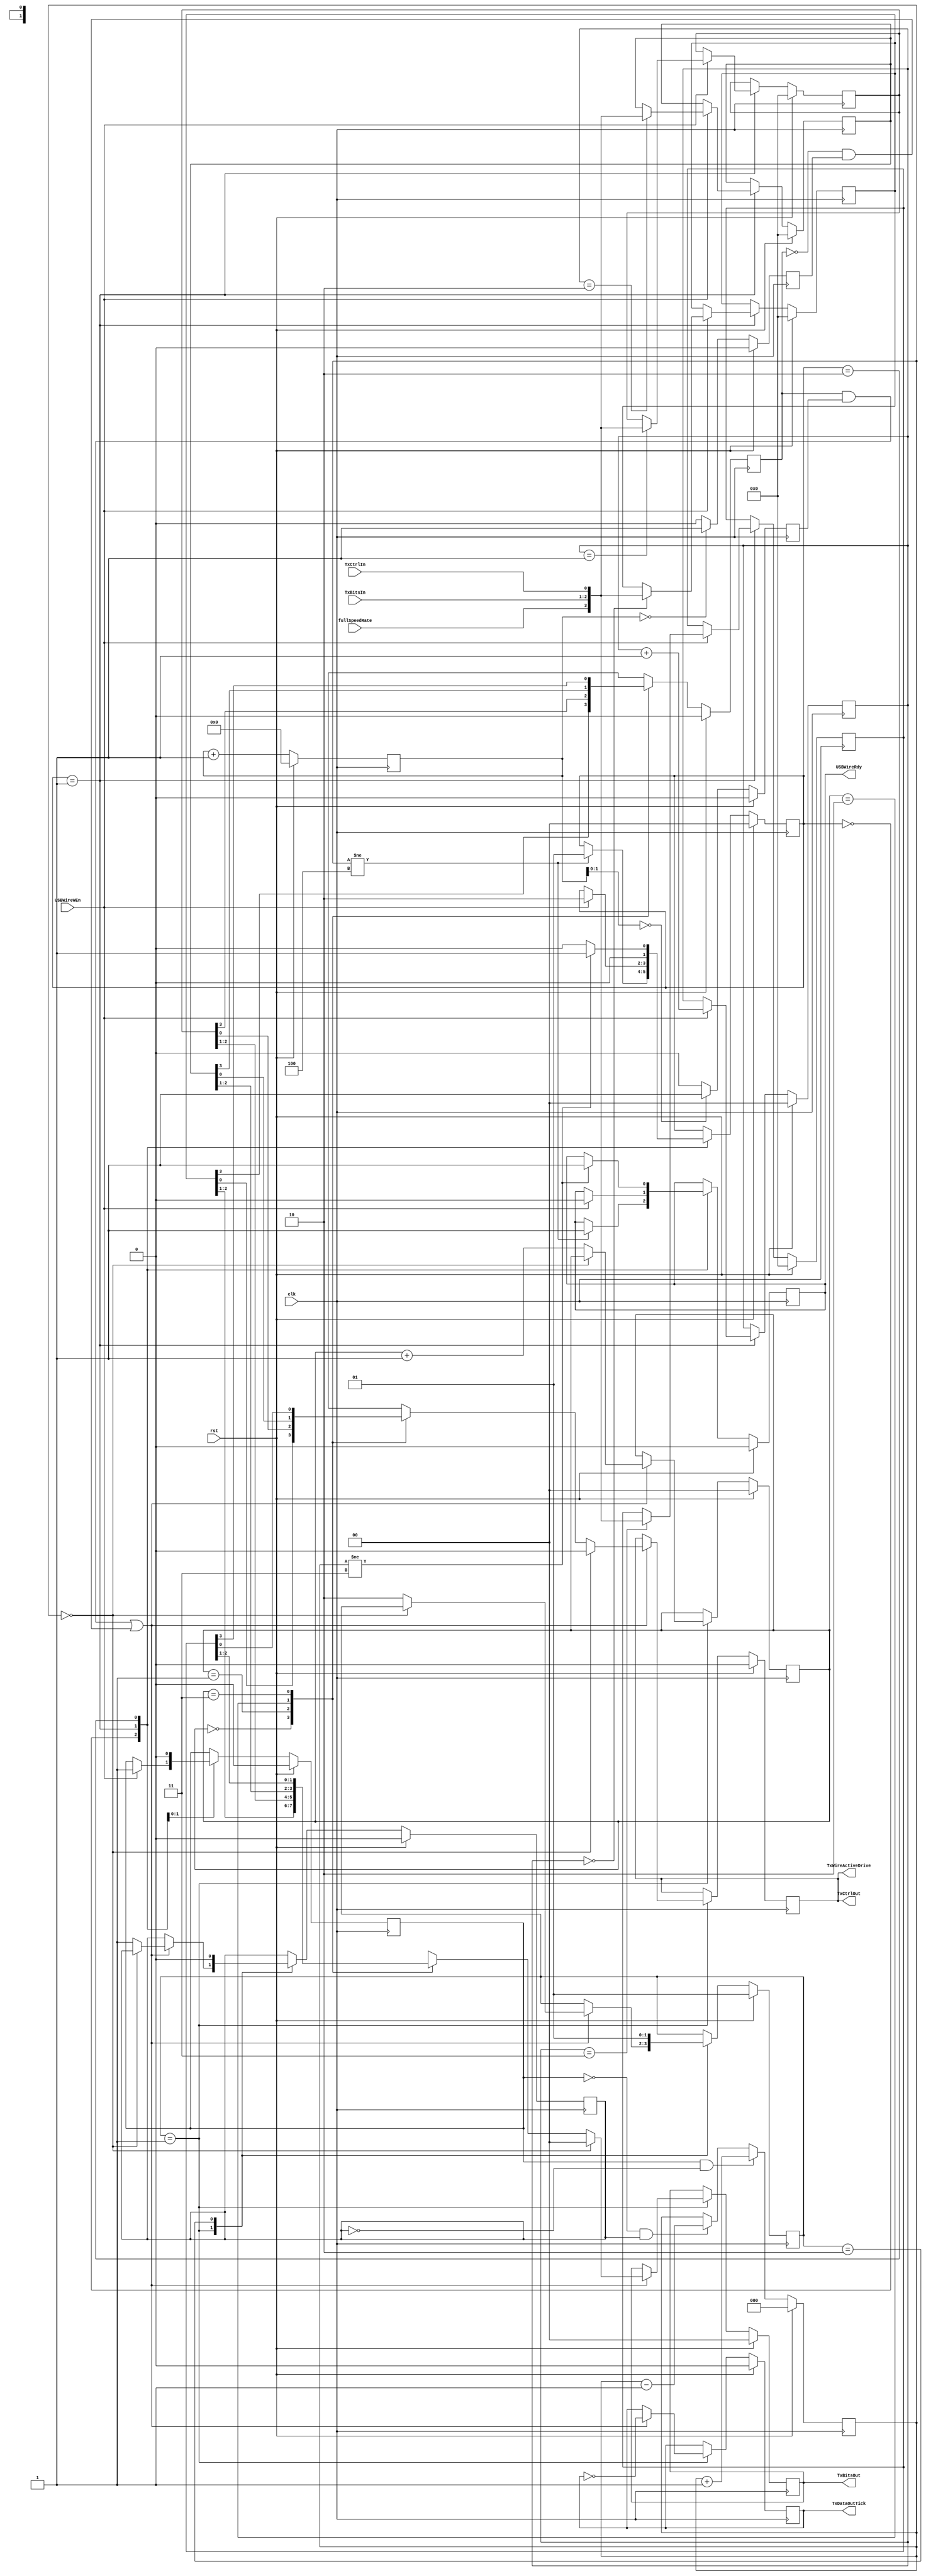
module writeUSBWireData (
	input		[1:0]	TxBitsIn,
	input				TxCtrlIn,
	input				USBWireWEn,
	input				clk,
	input				fullSpeedRate,
	input				rst,
	output	reg	[1:0]	TxBitsOut,
	output	reg			TxDataOutTick,
	output	reg			TxCtrlOut,
	output	reg			USBWireRdy,
	output				TxWireActiveDrive
);

	reg		[3:0]	buffer0;
	reg		[3:0]	buffer1;
	reg		[3:0]	buffer2;
	reg		[3:0]	buffer3;
	reg		[2:0]	bufferCnt;
	reg		[1:0]	bufferInIndex;
	reg		[1:0]	bufferOutIndex;
	reg				decBufferCnt;
	reg		[4:0]	i;
	reg				incBufferCnt;
	reg				fullSpeedTick;
	reg				lowSpeedTick;
	reg				fullSpeedRate_reg;

	reg		[1:0]	bufferInStMachCurrState;
	reg		[1:0]	bufferOutStMachCurrState;

	// buffer control
	always@(posedge clk) begin
		if(rst)								bufferCnt <= 3'b000;
		else if(incBufferCnt&~decBufferCnt)	bufferCnt <= bufferCnt + 1'b1;
		else if(~incBufferCnt&decBufferCnt)	bufferCnt <= bufferCnt - 1'b1;
		else								bufferCnt <= bufferCnt;
	end

	//buffer input state machine 
	always@(posedge clk) begin
		if(rst) begin
			incBufferCnt <= 1'b0;
			bufferInIndex <= 2'b00;
			buffer0 <= 4'b0000;
			buffer1 <= 4'b0000;
			buffer2 <= 4'b0000;
			buffer3 <= 4'b0000;
			USBWireRdy <= 1'b0;
			bufferInStMachCurrState <= 2'b00; end
		else begin
			case(bufferInStMachCurrState)
				2'b00: begin
					if(bufferCnt!=3'b100) begin
						bufferInStMachCurrState <= 2'b01;
						USBWireRdy <= 1'b1; end
				end
				2'b01: begin
					if(USBWireWEn) begin
						incBufferCnt <= 1'b1;
						USBWireRdy <= 1'b0;
						bufferInIndex <= bufferInIndex + 1'b1;
						case(bufferInIndex)
							2'b00 : buffer0 <= {fullSpeedRate, TxBitsIn, TxCtrlIn};
							2'b01 : buffer1 <= {fullSpeedRate, TxBitsIn, TxCtrlIn};
							2'b10 : buffer2 <= {fullSpeedRate, TxBitsIn, TxCtrlIn};
							2'b11 : buffer3 <= {fullSpeedRate, TxBitsIn, TxCtrlIn};
						endcase
						bufferInStMachCurrState <= 2'b10; end
				end
				2'b10: begin
					incBufferCnt <= 1'b0;
					if(bufferCnt!=3'b011) begin
						bufferInStMachCurrState <= 2'b01;
						USBWireRdy <= 1'b1; end
					else	bufferInStMachCurrState <= 2'b00;
				end
			endcase
		end
	end

	//increment counter used to generate USB bit rate
	always@(posedge clk) begin
		if(rst) begin
			i <= 5'b00000;
			fullSpeedTick <= 1'b0;
			lowSpeedTick <= 1'b0; end
		else begin
			i <= i + 1'b1;
			if(i[1:0]==2'b00)	fullSpeedTick <= 1'b1;
			else				fullSpeedTick <= 1'b0; 
			if(i==5'b00000)		lowSpeedTick <= 1'b1;
			else				lowSpeedTick <= 1'b0; end
	end

	//buffer output state machine
	//buffer is constantly emptied at either
	//the full or low speed rate
	//if the buffer is empty, then the output is forced to tri-state
	always@(posedge clk) begin
		if(rst) begin
			bufferOutIndex <= 2'b00;
			decBufferCnt <= 1'b0;
			TxBitsOut <= 2'b00;
			TxCtrlOut <= 1'b0;
			TxDataOutTick <= 1'b0;
			bufferOutStMachCurrState <= 2'b01;
			fullSpeedRate_reg <= 1'b0; end
		else begin
			case(bufferOutIndex)
				2'b00: fullSpeedRate_reg <= buffer0[3];
				2'b01: fullSpeedRate_reg <= buffer1[3];
				2'b10: fullSpeedRate_reg <= buffer2[3];
				2'b11: fullSpeedRate_reg <= buffer3[3];
			endcase
			case(bufferOutStMachCurrState)
				2'b01: begin
					if((fullSpeedRate_reg&fullSpeedTick) | (~fullSpeedRate_reg&lowSpeedTick)) begin
						TxDataOutTick <= !TxDataOutTick;
						if(bufferCnt==3'd0) begin
							TxBitsOut <= 2'b00;
							TxCtrlOut <= 1'b0; end
						else begin
							bufferOutStMachCurrState <= 2'b10;
							decBufferCnt <= 1'b1;
							bufferOutIndex <= bufferOutIndex + 1'b1;
							case(bufferOutIndex)
								2'b00: begin 
									TxBitsOut <= buffer0[2:1];
									TxCtrlOut <= buffer0[0];
								end
								2'b01: begin
									TxBitsOut <= buffer1[2:1];
									TxCtrlOut <= buffer1[0];
								end
								2'b10: begin 
									TxBitsOut <= buffer2[2:1];
									TxCtrlOut <= buffer2[0];
								end
								2'b11: begin
									TxBitsOut <= buffer3[2:1];
									TxCtrlOut <= buffer3[0];
								end
							endcase
						end
					end
				end
				2'b10: begin
					decBufferCnt <= 1'b0;
					bufferOutStMachCurrState <= 2'b01;
				end
			endcase
		end
	end

	// control 'TxWireActiveDrive'  
	assign TxWireActiveDrive = TxCtrlOut;

endmodule